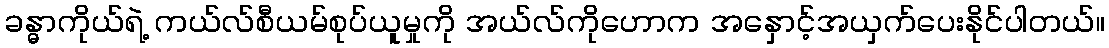
ခန္ဓာကိုယ်ရဲ့ ကယ်လ်စီယမ်စုပ်ယူမှုကို အယ်လ်ကိုဟောက အနှောင့်အယှက်ပေးနိုင်ပါတယ်။